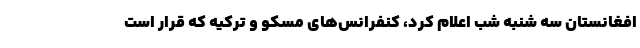
افغانستان سه شنبه شب اعلام کرد، کنفرانس‌های مسکو و ترکیه که قرار است